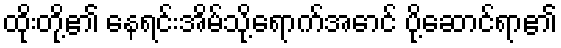
ထိုးတို့၏ နေရင်းအိမ်သို့ရောက်အောင် ပို့ဆောင်ရာ၏